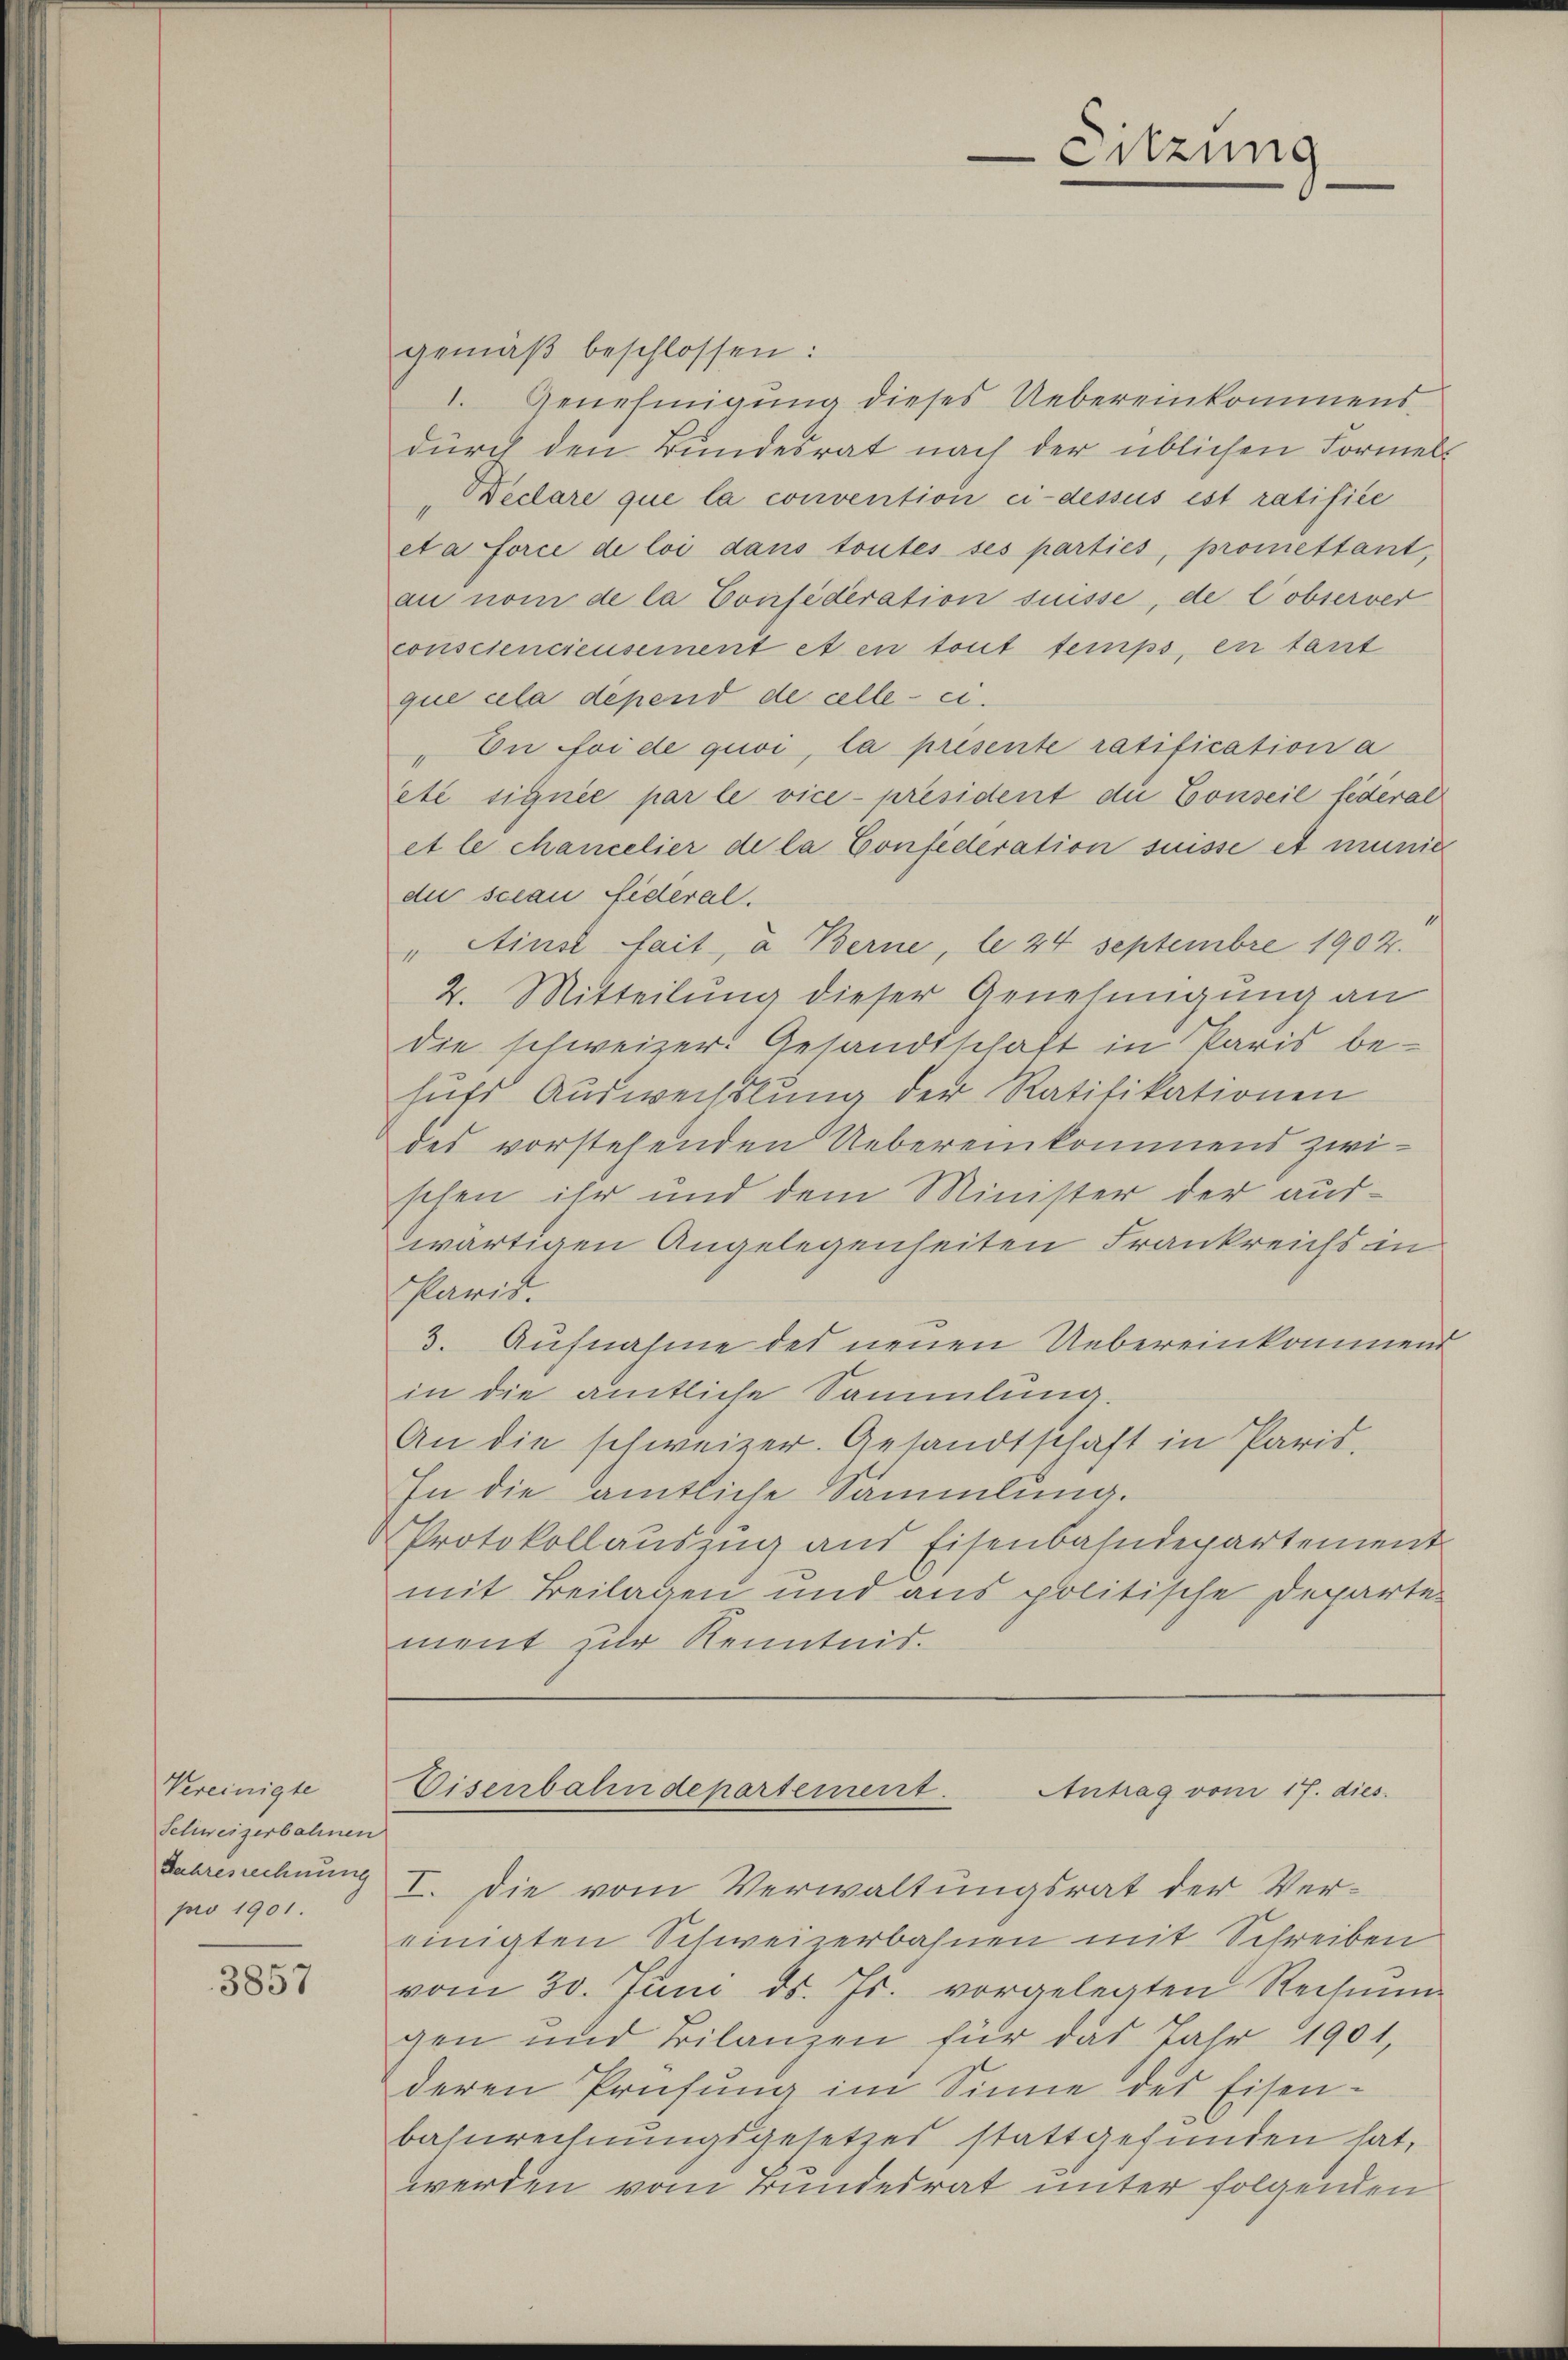
Vereinigte
Schweizerbahnen
Jahresrechnung
pro 1901.

3857

Eitzung

gemäβ beschlossen:
1. Genehmigung dieses Uebereinkommens
durch den Bundesrat nach der üblichen Formel-
"Declare que la convention ci-dessus est ratifice
eta force de loi dans toutes ses parties, promettant,
au nom de la Confederation süsse, de lobserver
consciencieusement et en tout temps, en tart
que cela dépend de celle-ci.
 Du foi de quoi, la presente ratification a
eté signée par le vice président die Conseil federal
et le cancelier de la Confederation suisse et munic
die scian Eideral.
" Ainst fait, a Berne, le 24 Septembre 1902.
2. Mitteilung dieser Genehmigung an
die schweizer. Gesandtschaft in Paris behuts Auswechslung der Ratifikationen
des vorstehenden Uebereinkommens zwischen ihr und dem Minister der auswärtigen Angelegenheiten Frankreichs in
Paris.
3. Aufnahme des neuen Uebereinkommend
in die amtliche Sammlung.
An die schweizer. Gesandtschaft in Paris.
In die amtliche Sammlung.
Protokollauszug aus Eisenbahndepartement
mit Beilagen und aus politische Departe
ment zur Kenntnis.

Disenbahndepartement. Antrag vom 17. dies

I. Die vom Verwaltungsrat der Vereinigten Schweizerbahnen mit Schreiben
vom 30. Juni d. Js. vorgelegten Rechnung
gen und Bilanzen für das Jahr 1901,
deren Prüfung im Sinne des Eisen-
bahnrechnungsgesetzes stattgefunden hat,
werden vom Bundesrat unter folgenden